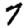
Digit: 7